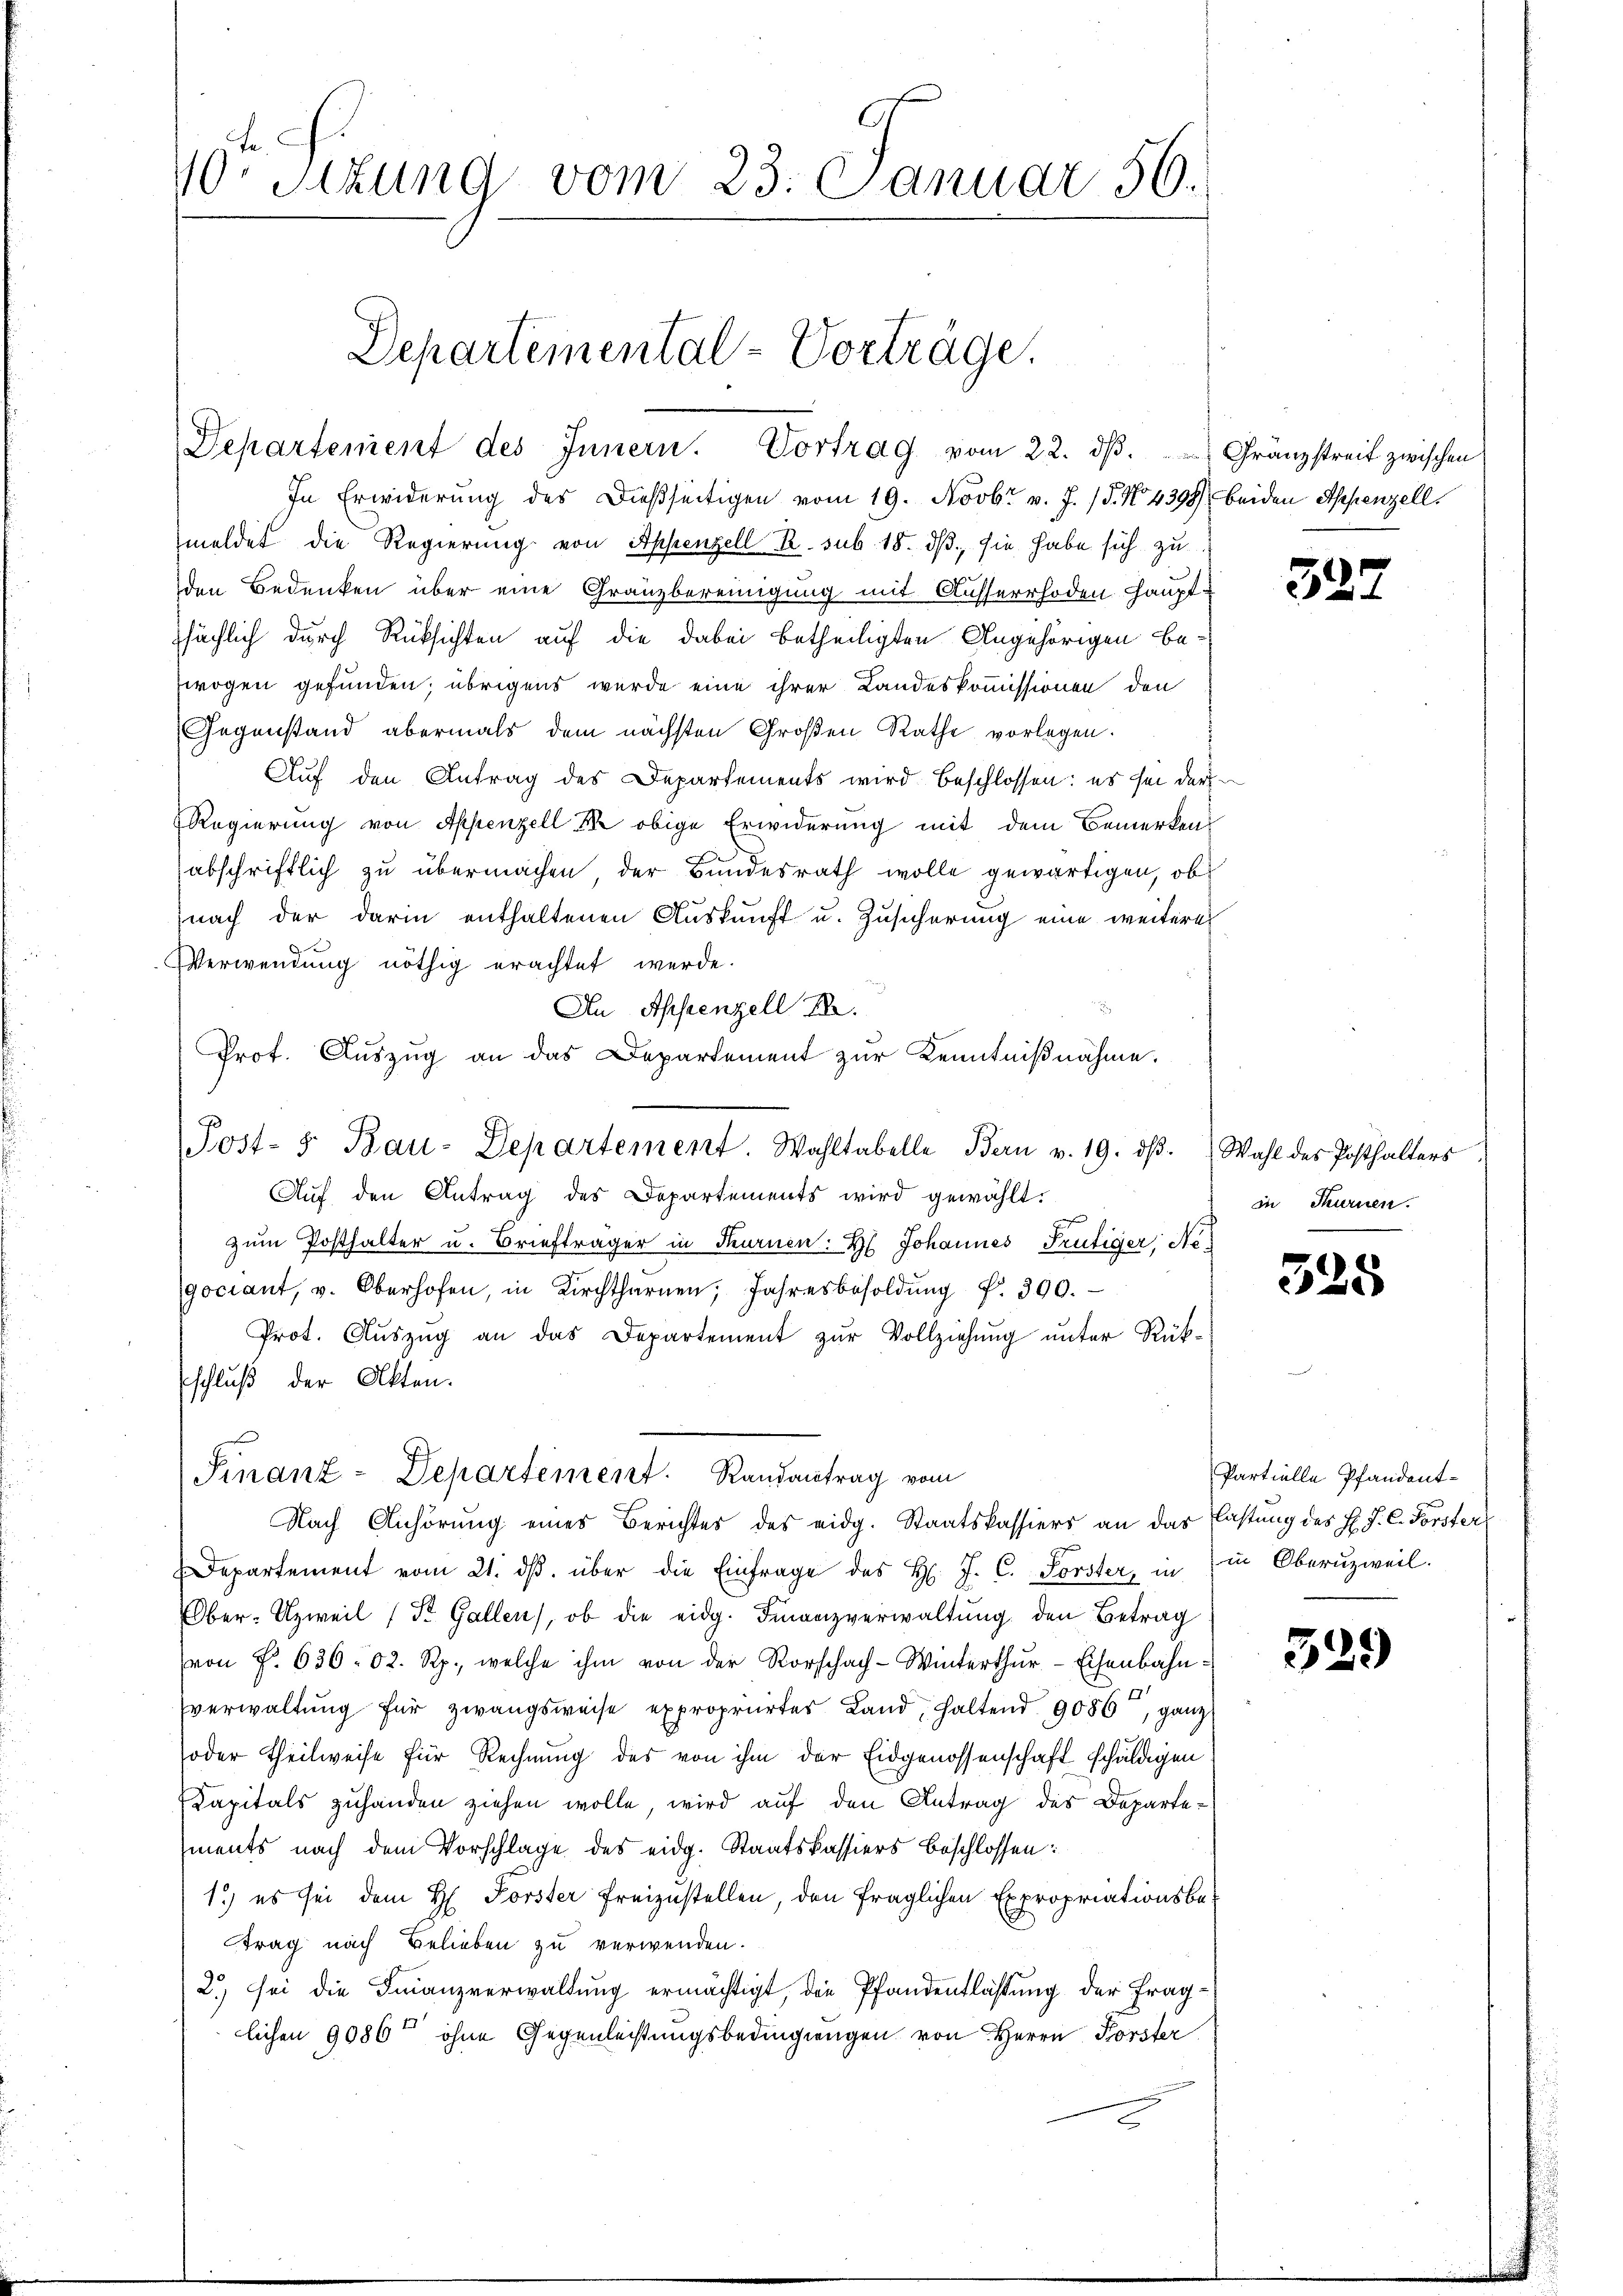
10. Sizung vom 23. Januar 56.

Departemental-Vorträge.
Departement des Innern. Vortrag vom 22. dβ.  Gränzstreit zwischen

In Erwiderung des dießseitigen vom 19. Novbr. v. J. 18. No. 4398 beiden Appenzell
meldet die Regierung von Appenzell R. sub. 18. dβ sie habe sich zu
den Bedenken über eine Gränzbereinigung mit Ausserrhoden Hauptsächlich durch Rücksichten auf die dabei betheiligten Angehörigen be-
wogen gefunden; übrigens wurde eine ihrer Landeskommissionen den
Gegenstand abermals dem nächsten Großen Rathe vorlegen.
Auf den Antrag des Departements wird beschlossen: es sei darf
Regierung von Appenzell S. obige Erwiderung mit dem Bemerkens
abschriftlich zu übermachen der Bundesrath wolle gewärtigen, obs
nach der darin enthaltenen Auskunft u. Zusicherung eine weitere
Verwendung nöthig erachtet werde.
An Appenzell I.
Prof. Auszug an das Departement zur Kenntnißnahme.
Aŭf den Antrag des Departements wird gewählt.
zum Posthalter u. Briefträger in Thurnen. Hs. Johannes Frutiger Ne
gociant, v. Oberhofen, in Kirchtharnen Jahresbesoldŭng f. 300.
Prot. Auszug an das Departement zur Vollziehung unter Rük¬
Eschluß der Akten.
Finanz-Departement. Randantrag vom
Nach Anhörung eines Berichtes des eidg. Staatskassiers an das Fastung des Hr. J. C. Forsters
Departement vom 21. ds. über die Einfrage des H. J. C. Forster, in in Oberuzweil.
Ober-Uzweil (St. Gallen, ob die eidg. Finanzverwaltung den Betrag
(von P. 636:02. Rp., welche ihm von der Rorschach-Winterthur - Eisenbahnverwaltung für zwangsweise expropriirtes Land, haltend 9086 ganz
soder Theilweise für Rechnung des von ihm der Eidgenossenschaft schuldigen
Kapitals zuhanden ziehen wolle, wird auf den Antrag des Departements nach dem Vorschlage des eidg. Staatskassiers beschlossen:
1.) es sei dem H. Forster Freizustellen, den fraglichen Expropriationsbetrag nach Belieben zu verwenden.
2) sei die Finanzverwaltung ermächtigt, die Pfandentlastung der Fraglichen 9086t ohne Gegenleistungsbedingungen von Herrn Forster

Post- u Bau-Departement. Wahltabelle Bern v. 19. dβ. Wahl des Posthalters

327

in Turnen.

525

Partielle Pfandent¬

529